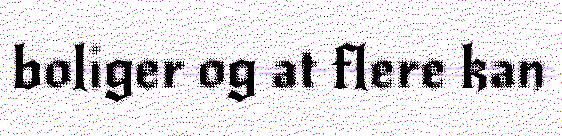
boliger og at flere kan